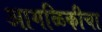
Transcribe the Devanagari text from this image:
आगळिकीचा